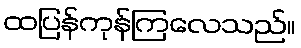
ထပြန်ကုန်ကြလေသည်။